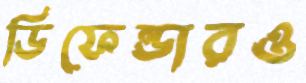
ডিফেন্ডারও